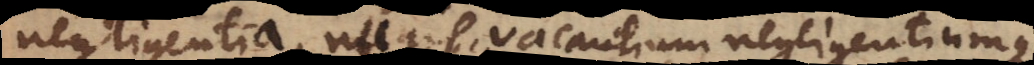
negligentia, nugis vacantium negligentiumqu